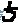
Text: 5